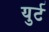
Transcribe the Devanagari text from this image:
युर्ट